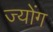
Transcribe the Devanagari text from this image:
ज्योंग